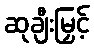
ဆုချီးမြှင့်